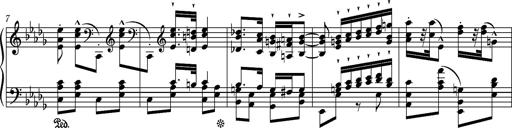
Title: Ungarische Nationalmelodien, S.243
Composer: Franz Liszt